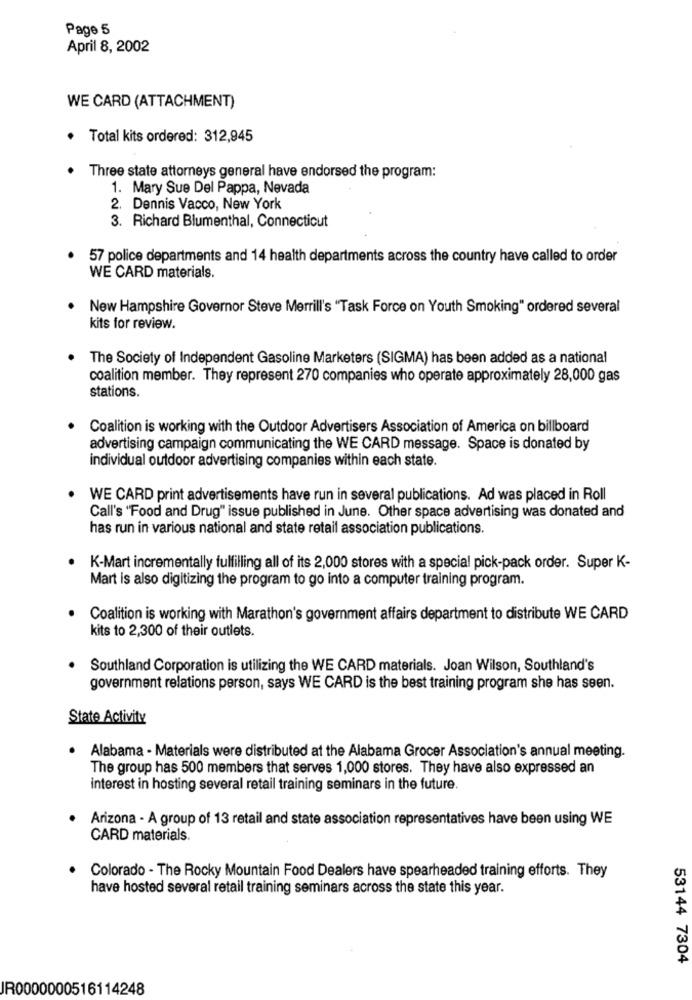
Page 5
April 8, 2002
WE CARD (ATTACHMENT)
Total kits ordered: 312,945
Three state attorneys general have endorsed the program:
1. Mary Sue Del Pappa, Nevada
2. Dennis Vacco, New York
3. Richard Blumenthal, Connecticut
57 police departments and 14 health departments across the country have called to order
WE CARD materials.
New Hampshire Governor Steve Merrill's "Task Force on Youth Smoking" ordered several
kits for review.
The Society of Independent Gasoline Marketers (SIGMA) has been added as a national
coalition member. They represent 270 companies who operate approximately 28,000 gas
stations.
Coalition is working with the Outdoor Advertisers Association of America on billboard
advertising campaign communicating the WE CARD message. Space is donated by
individual outdoor advertising companies within each state.
WE CARD print advertisements have run in several publications. Ad was placed in Roll
Call's "Food and Drug" issue published in June. Other space advertising was donated and
has run in various national and state retail association publications.
K-Mart incrementally fulfilling all of its 2,000 stores with a special pick-pack order. Super K-
Mart is also digitizing the program to go into a computer training program.
Coalition is working with Marathon's government affairs department to distribute WE CARD
kits to 2,300 of their outlets.
. Southland Corporation is utilizing the WE CARD materials. Joan Wilson, Southland's
government relations person, says WE CARD is the best training program she has seen.
State Activity
Alabama - Materials were distributed at the Alabama Grocer Association's annual meeting.
The group has 500 members that serves 1,000 stores. They have also expressed an
interest in hosting several retail training seminars in the future.
Arizona - A group of 13 retail and state association representatives have been using WE
CARD materials.
Colorado - The Rocky Mountain Food Dealers have spearheaded training efforts. They
have hosted several retail training seminars across the state this year.
53144 7304
JR0000000516114248